Annual report on the Civil Veterinary Department, Burma (including the Insein Veterinary School) - 1932-1941
Year: 1932
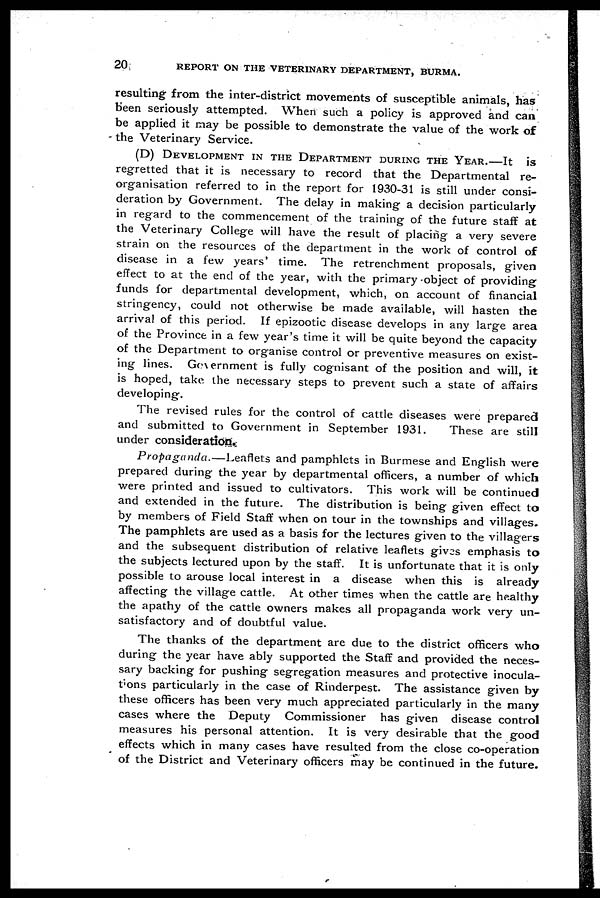
20
REPORT ON THE VETERINARY DEPARTMENT, BURMA.
resulting from the inter-district movements of susceptible animals, has
been seriously attempted. When such a policy is approved and can
be applied it may be possible to demonstrate the value of the work of
the Veterinary Service.
(D) DEVELOPMENT IN THE DEPARTMENT DURING THE YEAR.—It is
regretted that it is necessary to record that the Departmental re-
organisation referred to in the report for 1930-31 is still under consi-
deration by Government. The delay in making a decision particularly
in regard to the commencement of the training of the future staff at
the Veterinary College will have the result of placing a very severe
strain on the resources of the department in the work of control of
disease in a few years' time. The retrenchment proposals, given
effect to at the end of the year, with the primary object of providing
funds for departmental development, which, on account of financial
stringency, could not otherwise be made available, will hasten the
arrival of this period. If epizootic disease develops in any large area
of the Province in a few year's time it will be quite beyond the capacity
of the Department to organise control or preventive measures on exist-
ing lines. Government is fully cognisant of the position and will, it
is hoped, take the necessary steps to prevent such a state of affairs
developing.
The revised rules for the control of cattle diseases were prepared
and submitted to Government in September 1931.
These are still
under consideration.
Propaganda.—Leaflets
and pamphlets in Burmese and English were
prepared during the year by departmental officers, a number of which
were printed and issued to cultivators. This work will be continued
and extended in the future. The distribution is being given effect to
by members of Field Staff when on tour in the townships and villages.
The pamphlets are used as a basis for the lectures given to the villagers
and the subsequent distribution of relative leaflets gives emphasis to
the subjects lectured upon by the staff. It is unfortunate that it is only
possible to arouse local interest in a disease when this is already
affecting the village cattle. At other times when the cattle are healthy
the apathy of the cattle owners makes all propaganda work very un-
satisfactory and of doubtful value.
The thanks of the department are due to the district officers who
during the year have ably supported the Staff and provided the neces-
sary backing for pushing segregation measures and protective inocula-
tions particularly in the case of Rinderpest. The assistance given by
these officers has been very much appreciated particularly in the many
cases where the Deputy Commissioner has given disease control
measures his personal attention. It is very desirable that the good
effects which in many cases have resulted from the close co-operation
of the District and Veterinary officers may be continued in the future.